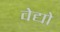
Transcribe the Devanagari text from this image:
वेद्यो